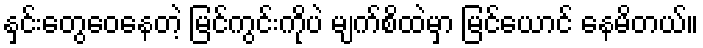
နှင်းတွေဝေနေတဲ့ မြင်ကွင်းကိုပဲ မျက်စိထဲမှာ မြင်ယောင် နေမိတယ်။